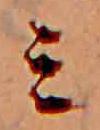
ミ